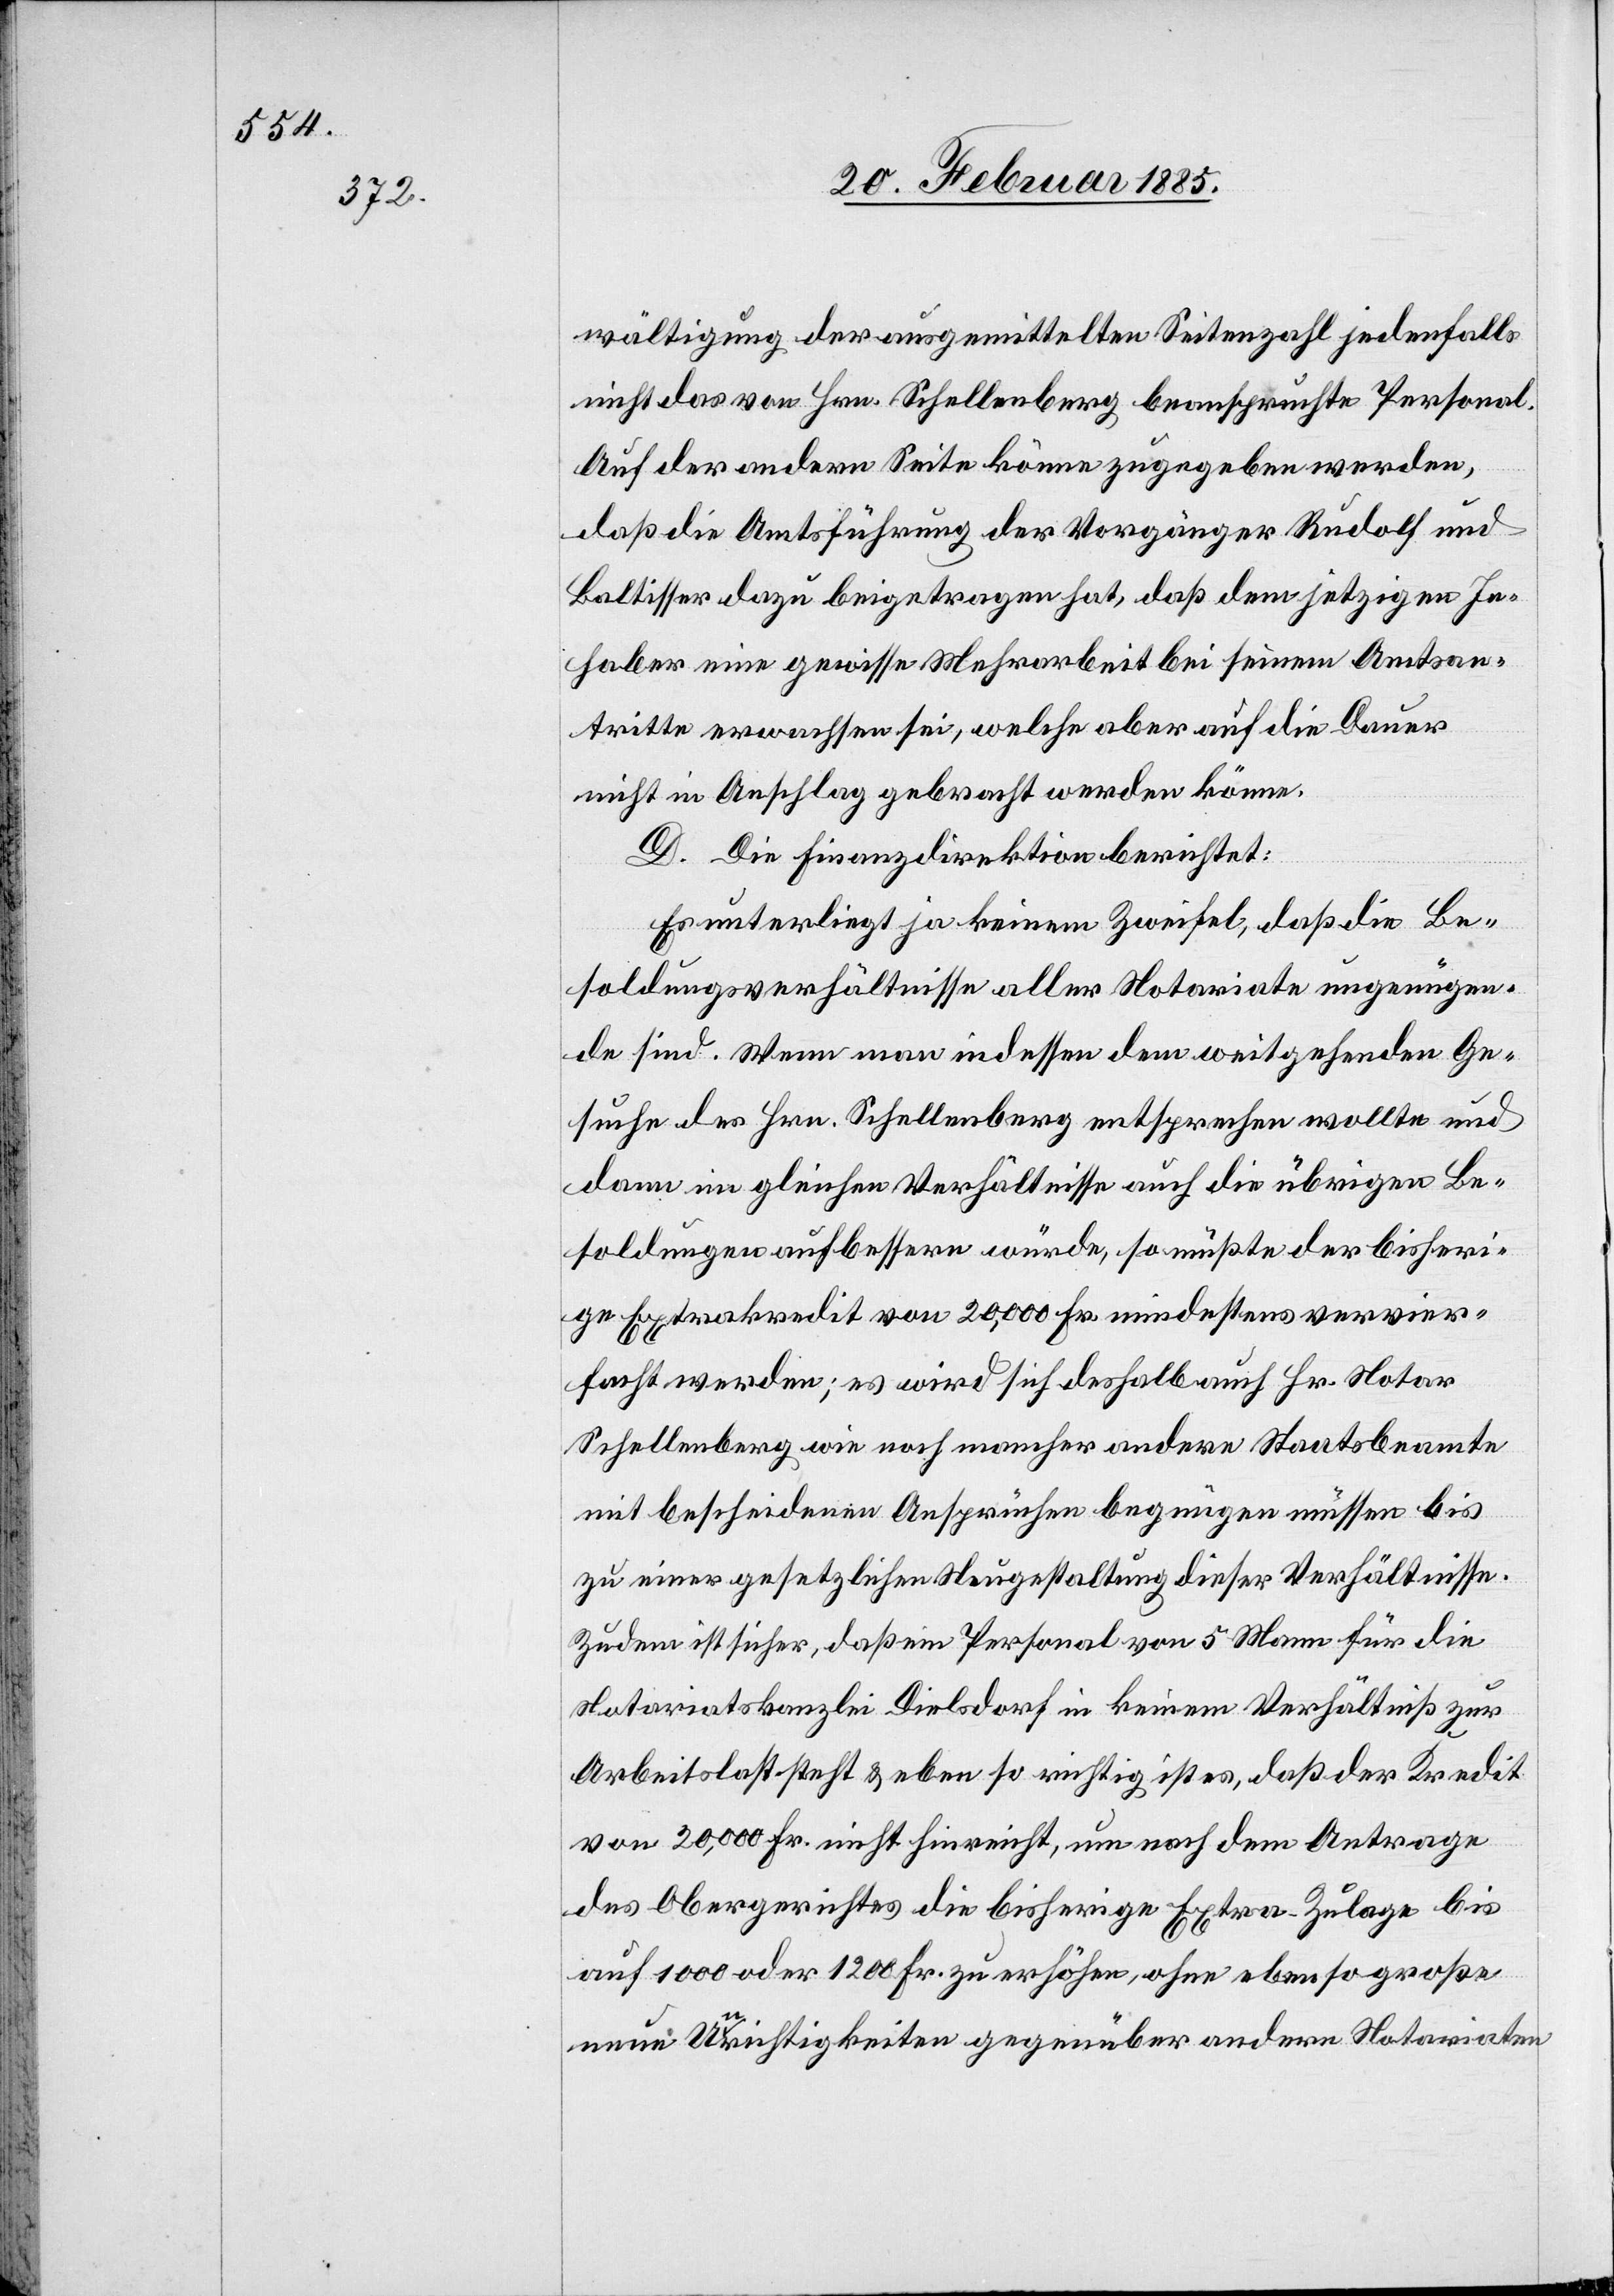
wältigung der ausgemittelten Seitenzahl jedenfalls
nicht das von Hrn. Schellenberg beanspruchte Personal.
Auf der andern Seite könne zugegeben werden,
daß die Amtsführung der Vorgänger Rudolf und
Baltisser dazu beigetragen hat, daß dem jetzigen In¬
haber eine gewisse Mehrarbeit bei seinem Amtsan¬
tritte erwachsen sei, welche aber auf die Dauer
nicht in Anschlag gebracht werden könne.
D. Die Finanzdirektion berichtet:
Es unterliegt ja keinem Zweifel, daß die Be¬
soldungsverhältnisse aller Notariate ungenügen¬
de sind. Wenn man indessen dem weitgehenden Ge¬
suche des Hrn. Schellenberg entsprechen wollte und
dann im gleichen Verhältnisse auch die übrigen Be¬
soldungen aufbessern würde, so müßte der bisheri¬
ge Extrakredit von 20,000 Fr. mindestens vervier¬
facht werden; es wird sich deshalb auch Hr. Notar
Schellenberg wie noch mancher andere Staatsbeamte
mit bescheidenen Ansprüchen begnügen müssen bis
zu einer gesetzlichen Neugestaltung dieser Verhältnisse.
Zudem ist sicher, daß ein Personal von 5 Mann für die
Notariatskanzlei Dielsdorf in keinem Verhältniß zur
Arbeitslast steht & eben so richtig ist es, daß der Kredit
von 20,000 Fr. nicht hinreicht, um nach dem Antrage
des Obergerichtes die bisherige Extra-Zulage bis
auf 1000 oder 1200 Fr. zu erhöhen, ohne ebenso große
neue Unrichtigkeiten gegenüber andern Notariaten